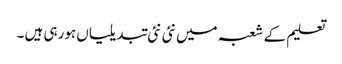
تعلیم کے شعبہ میں نئی نئی تبدیلیاں ہورہی ہیں ۔